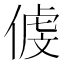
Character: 𠋵